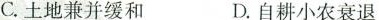
C.土地兼并缓和 D.自耕小农衰退